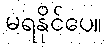
မရနိုင်ပေ။